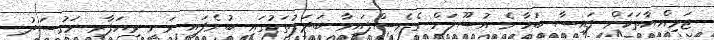
ޖަމިއްޔާތަކަށް ފައިސާ ބަހާނެ އުސޫލަށް ގެނެސްފައިވާ ބަދަލުތަކުގައި ބުނެފައި ވަނީ ވިޔަފާރި މަގުސަދު